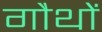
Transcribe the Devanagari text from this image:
गौथों